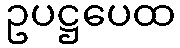
ဥပဋ္ဌပေထ